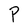
Character: P